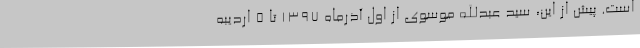
است. پیش از این، سید عبدالله موسوی از اول آذرماه ۱۳۹۷ تا ۵ اردیبه